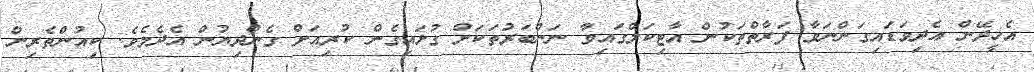
އެހީދޭން އެދިވަޑައިގަންނަވާ ފަރާތްތަކުން އާޓިކަލްގައިވާ ނަންބަރުތަކަށް ގުޅައިގެން ކުރިއަށް ގެންދިޔުން އެދެމެވެ. ކިއުންތެރިން